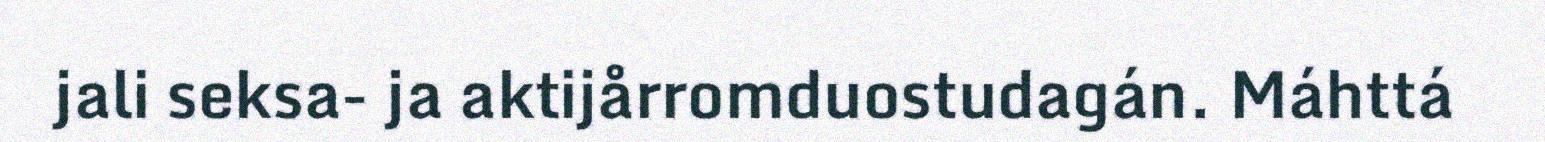
jali seksa- ja aktijårromduostudagán. Máhttá